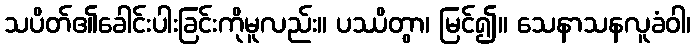
သပိတ်၏ခေါင်းပါးခြင်းကိုမူလည်း။ ပဿိတွာ၊ မြင်၍။ သေနာသနလူခံဝါ၊